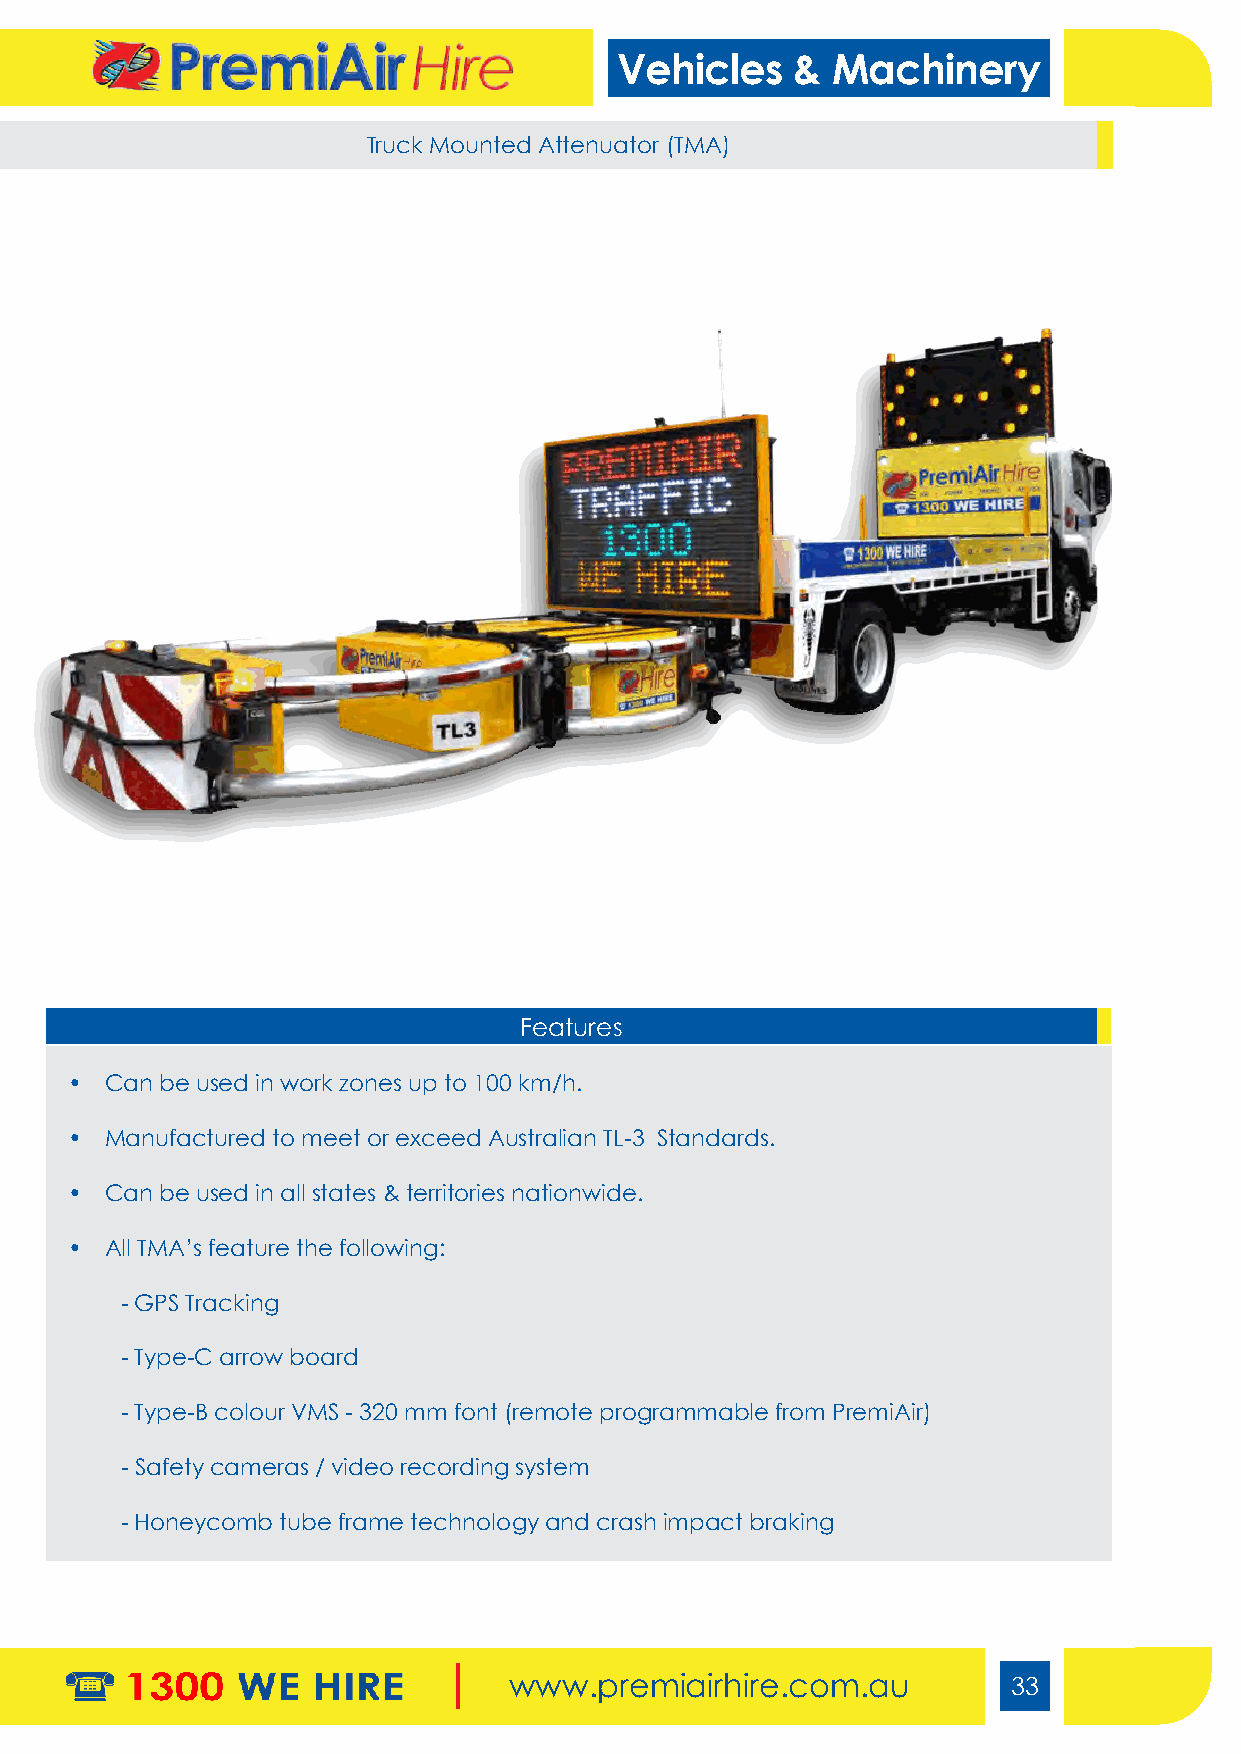
Vehicles    & Machinery
 Traffic Cone Truck      Truck Mounted Attenuator (TMA)
 Features
 •  Can be used in work zones up to 100 km/h.
 •  Manufactured to meet or exceed Australian TL-3 Standards.
 •  Can be used in all states & territories nationwide.
 •  All TMA’s feature the following:
 - GPS Tracking
 - Type-C arrow board
 - Type-B colour VMS - 320 mm font (remote programmable from PremiAir)
 - Safety cameras / video recording system
 - Honeycomb tube frame technology and crash impact braking
 www.premiairhire.com.au          33